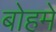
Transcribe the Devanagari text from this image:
बोहमे